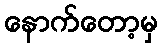
နောက်တော့မှ